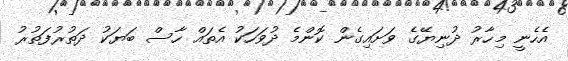
އެހެނީ މިހާރު ދުނިޔޭގެ ވަށައިގެން ކޮންމެ ދުވަހަކު އެތައް ހާސް ބަޔަކު ދަތުރުފަތުރު